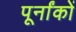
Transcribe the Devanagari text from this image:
पूर्नांकों